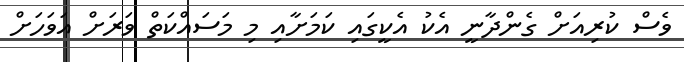
ވެސް ކުރިއަށް ގެންދާނީ އެކު އެކީގައި ކަމަށާއި މި މަސައްކަތް ވަރަށް އަވަހަށް